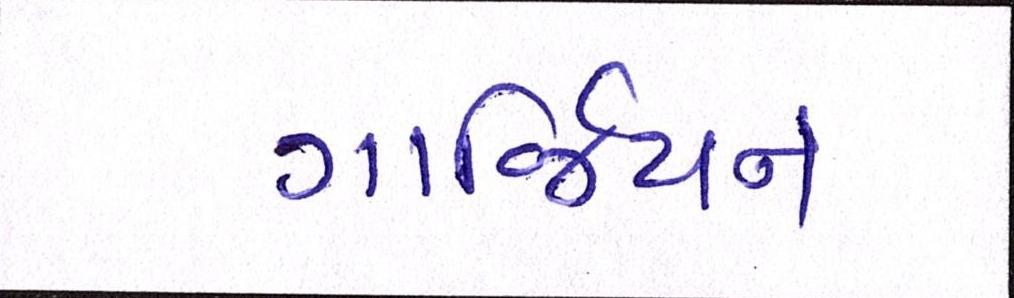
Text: ગાર્જિયન